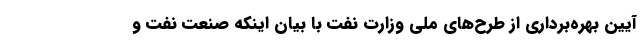
آیین بهره‌برداری از طرح‌های ملی وزارت نفت با بیان اینکه صنعت نفت و